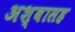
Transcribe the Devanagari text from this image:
अश्वासह